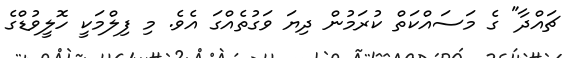
ޗައްދާ" ގެ މަސައްކަތް ކުރަމުން ދިޔަ ވަގުތެއްގަ އެވެ. މި ފިލްމަކީ ހޮލީވުޑްގެ